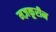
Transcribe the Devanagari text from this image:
मज़कूरीन